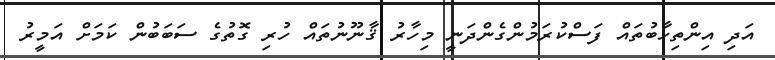
އަދި އިންތިހާބުތައް ފަސްކުރަމުންގެންދަނީ މިހާރު ޤާނޫނުތައް ހުރި ގޮތުގެ ސަބަބުން ކަމަށް އަމީރު